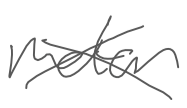
Text: motor
Cross-out: cross
Writing tool: digital_gray